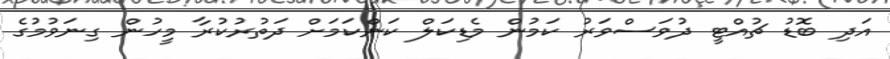
އަދި ބޮޑު ޗުއްޓީ ދުވަސްވަރު ކަމުން މެޑިކަލް ކަންކަމަށް ދަތުރުކުރާ މީހުން ގިނަވުމުގެ